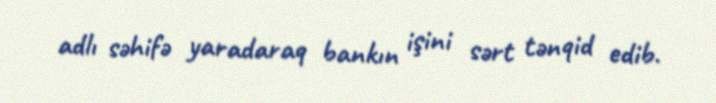
adlı səhifə yaradaraq bankın işini sərt tənqid edib.